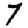
Digit: 7